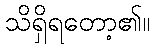
သိရှိရတော့၏။